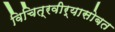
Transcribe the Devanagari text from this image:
विचित्रवीर्यासोबत